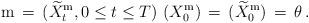
LaTeX: \begin{align*}\, \mathrm m \, =\, ( \widetilde{X}_{t}^{\mathrm m}, 0 \le t \le T ) \, \, ( X_{0}^{\mathrm m}) \, =\, ( \widetilde{X}_{0}^{\mathrm m}) \, =\, \theta \,. \end{align*}